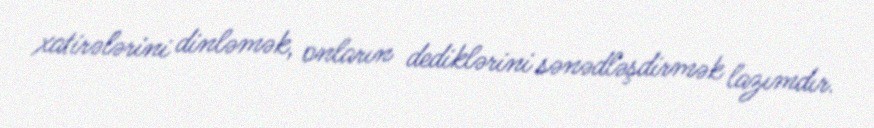
xatirələrini dinləmək, onların dediklərini sənədləşdirmək lazımdır.